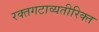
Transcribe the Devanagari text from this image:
रक्तगटाव्यतीरिक्त